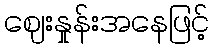
ဈေးနှုန်းအနေဖြင့်